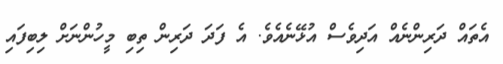
އެތައް ދަރިންނެއް އަދިވެސް އުޅޭނެއެވެ. އެ ފަދަ ދަރިން ތިބި މީހުންނަށް ލިބިފައި